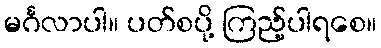
မင်္ဂလာပါ။ ပတ်စပို့ ကြည့်ပါရစေ။